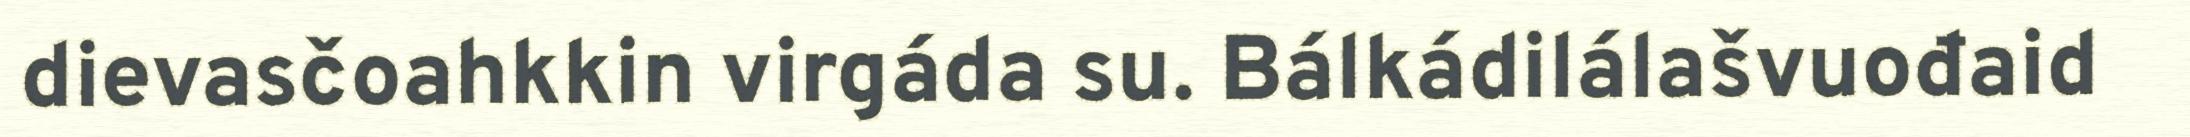
dievasčoahkkin virgáda su. Bálkádilálašvuođaid